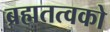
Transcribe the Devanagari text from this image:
ब्रह्मतत्वको